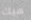
هيك